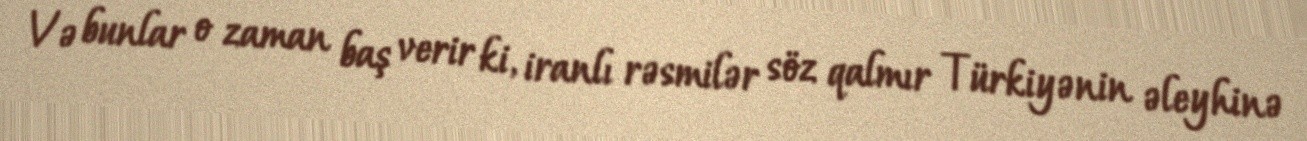
Və bunlar o zaman baş verir ki, iranlı rəsmilər söz qalmır Türkiyənin əleyhinə